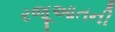
રજૂઆતની